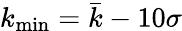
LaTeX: k_{\operatorname*{min}}=\bar{k}-10\sigma